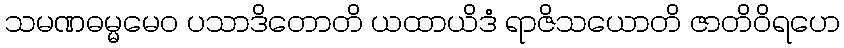
သမဏဓမ္မမေဝ ပသာဒိတောတိ ယထာယိဒံ ရာဇိသယောတိ ဇာတိဝိရဟေ